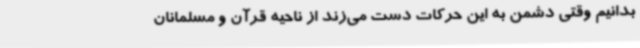
بدانیم وقتی دشمن به این حرکات دست می‌زند از ناحیه قرآن و مسلمانان